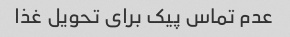
عدم تماس پیک برای تحویل غذا